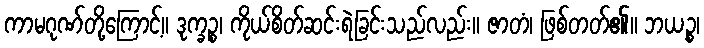
ကာမဂုဏ်တို့ကြောင့်။ ဒုက္ခဉ္စ၊ ကိုယ်စိတ်ဆင်းရဲခြင်းသည်လည်း။ ဇာတံ၊ ဖြစ်တတ်၏။ ဘယဉ္စ၊